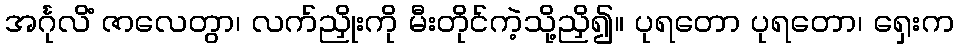
အင်္ဂုလိံ ဇာလေတွာ၊ လက်ညှိုးကို မီးတိုင်ကဲ့သို့ညှိ၍။ ပုရတော ပုရတော၊ ရှေးက